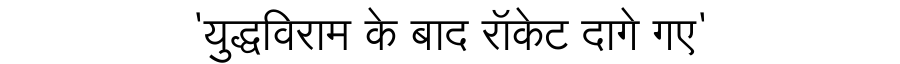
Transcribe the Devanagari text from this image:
'युद्धविराम के बाद रॉकेट दागे गए'